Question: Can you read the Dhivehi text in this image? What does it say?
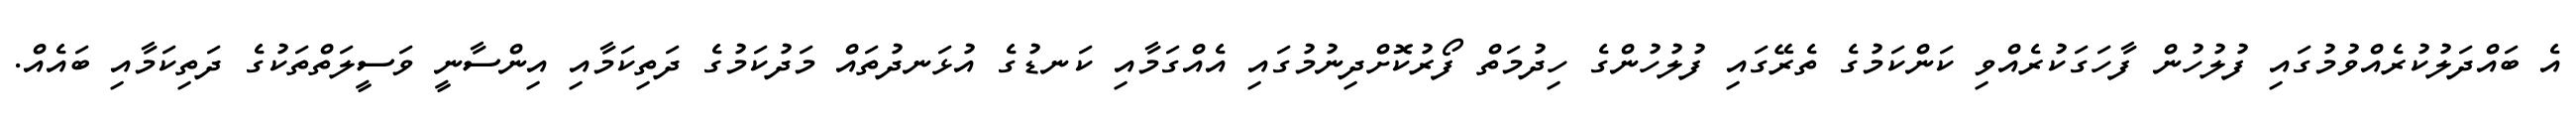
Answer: އެ ބައްދަލުކުރެއްވުމުގައި ފުލުހުން ފާހަގަކުރެއްވި ކަންކަމުގެ ތެރޭގައި ފުލުހުންގެ ހިދުމަތް ފޯރުކޮށްދިނުމުގައި އެއްގަމާއި ކަނޑުގެ އުޅަނދުތައް މަދުކަމުގެ ދަތިކަމާއި އިންސާނީ ވަސީލަތްތަކުގެ ދަތިކަމާއި ބައެއް.